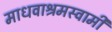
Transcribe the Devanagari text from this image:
माधवाश्रमस्वामी